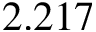
2 . 2 1 7